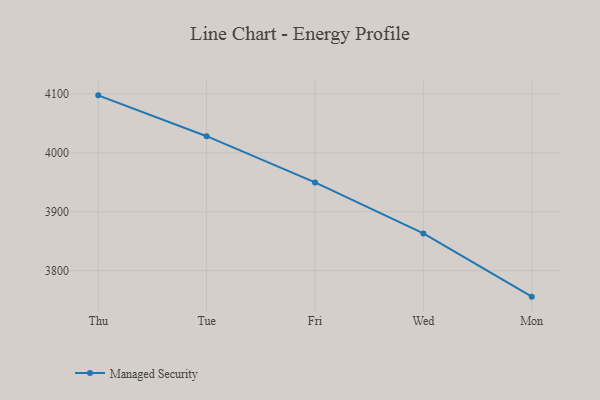
{"axis": {"x": "Day", "y": "Budget (USD K)"}, "legend": ["Managed Security"], "data": [{"x": "Thu", "y": 4097.5, "type": "Managed Security"}, {"x": "Tue", "y": 4028.2, "type": "Managed Security"}, {"x": "Fri", "y": 3949.8, "type": "Managed Security"}, {"x": "Wed", "y": 3863.3, "type": "Managed Security"}, {"x": "Mon", "y": 3756.0, "type": "Managed Security"}]}